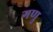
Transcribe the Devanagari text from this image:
गणु